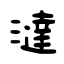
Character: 澾